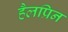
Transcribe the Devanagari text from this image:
हैलप्रिन